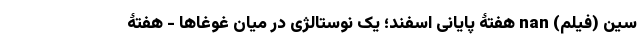
سین (فیلم) nan هفتۀ پایانی اسفند؛ یک نوستالژی در میان غوغاها - هفتۀ